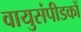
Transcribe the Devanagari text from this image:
वायुसंपीडकों